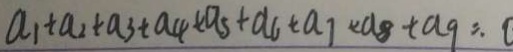
a _ { 1 } + a _ { 2 } + a _ { 3 } + a _ { 4 } + a _ { 5 } + a _ { 6 } + a _ { 7 } + a _ { 8 } + a _ { 9 } = . 0